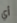
أي